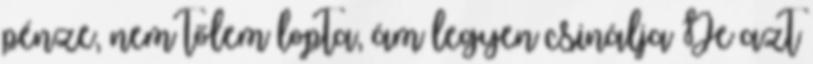
pénze, nem tőlem lopta, ám legyen csinálja De azt